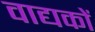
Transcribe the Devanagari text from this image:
वाद्यकों